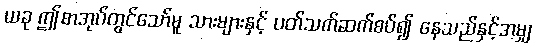
ယခု ဤစာအုပ်တွင်သော်မူ သားများနှင့် ပတ်သက်ဆက်စပ်၍ နေသည်နှင့်အမျှ